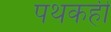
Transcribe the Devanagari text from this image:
पथकही